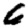
Digit: 6